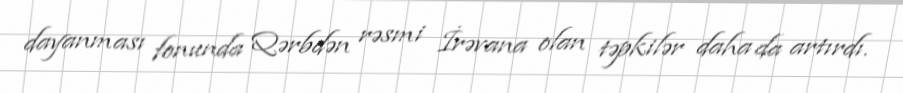
dayanması fonunda Qərbdən rəsmi İrəvana olan təpkilər daha da artırdı.